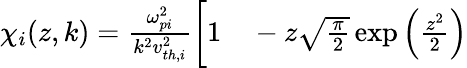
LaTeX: \begin{array}{rl}{\chi_{i}(z,k)=\frac{\omega_{pi}^{2}}{k^{2}v_{th,i}^{2}}\bigg[1}&{{}-z\sqrt{\frac{\pi}{2}}\exp\left(\frac{z^{2}}{2}\right)}\end{array}